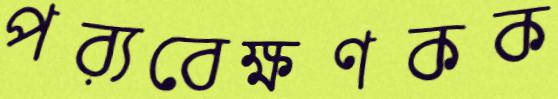
পর্যবেক্ষণকক